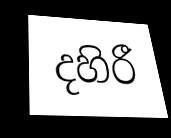
දහිරී